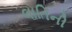
લાતિની